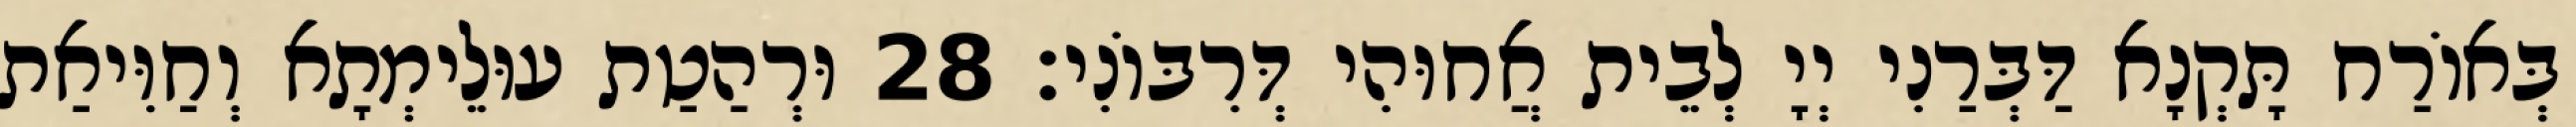
בְּאוֹרַח תָּקְנָא דַּבְּרַנִי יְיָ לְבֵית אֲחוּהִי דְּרִבּוֹנִי׃ 28 וּרְהַטַת עוּלֵימְתָא וְחַוִּיאַת